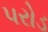
પરોડ